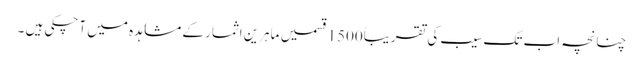
چنانچہ اب تک سیب کی تقریباً1500قسمیں ماہرین اثمار کے مشاہدہ میں آچکی ہیں ۔